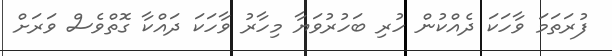
ފުރަތަމަ ވާހަކަ ދެއްކުން ހުރި ބަހުރުވަޔާ މިހާރު ވާހަކަ ދައްކާ ގޮތްވެސް ވަރަށް